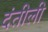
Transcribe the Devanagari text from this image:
दंतीली